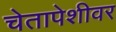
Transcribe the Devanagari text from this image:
चेतापेशीवर